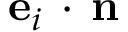
\mathbf { e } _ { i } \, \cdot \, \mathbf { n }